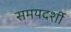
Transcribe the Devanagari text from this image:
समयदर्शी